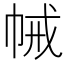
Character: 𢂵